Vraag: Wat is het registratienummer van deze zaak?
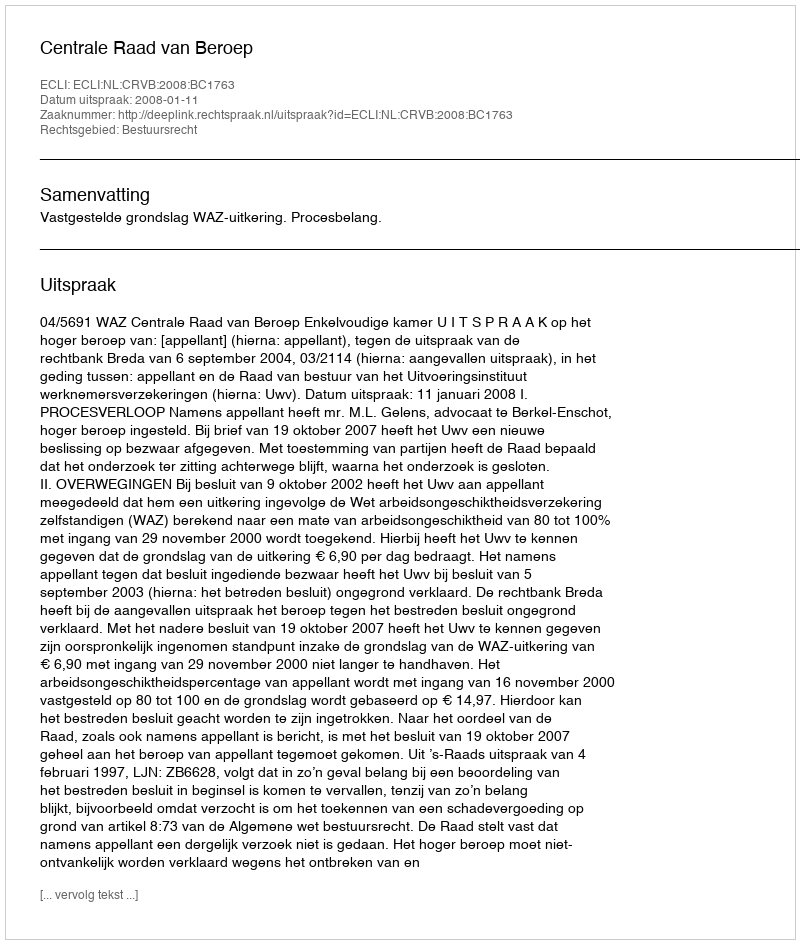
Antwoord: http://deeplink.rechtspraak.nl/uitspraak?id=ECLI:NL:CRVB:2008:BC1763